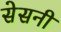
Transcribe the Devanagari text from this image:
सेसनी